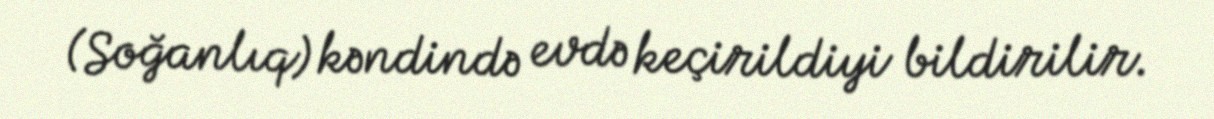
(Soğanlıq) kəndində evdə keçirildiyi bildirilir.